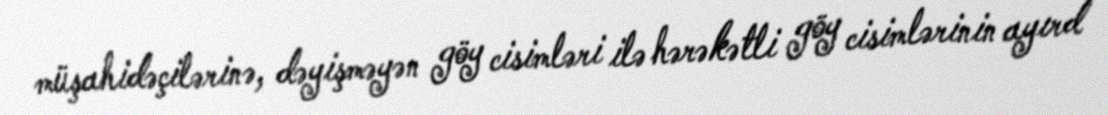
müşahidəçilərinə, dəyişməyən göy cisimləri ilə hərəkətli göy cisimlərinin ayırd